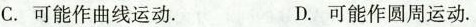
C.可能作曲线运动. D.可能作圆周运动.